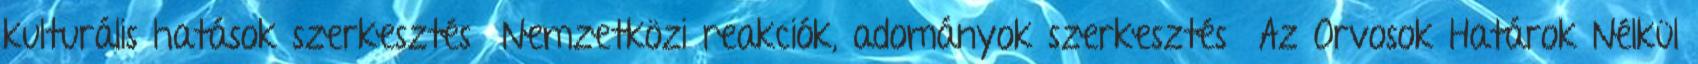
kulturális hatások szerkesztés Nemzetközi reakciók, adományok szerkesztés Az Orvosok Határok Nélkül